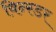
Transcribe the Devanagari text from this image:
विन्स्डर